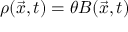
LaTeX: \rho ( { \vec { x } } , t ) = \theta { \cal B } ( { \vec { x } } , t )